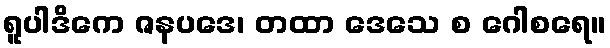
ရူပါဒိကေ ဇနပဒေ၊ တထာ ဒေသေ စ ဂေါစရေ။